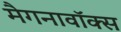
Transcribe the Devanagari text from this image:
मैगनावॉक्स